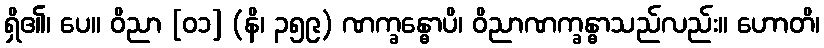
ရှိ၏၊ ပေ။ ဝိညာ [၀၁] (နိ၊ ၃၅၉) ဏက္ခန္ဓောပိ၊ ဝိညာဏက္ခန္ဓာသည်လည်း။ ဟောတိ၊